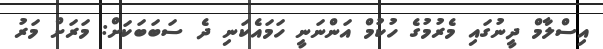
އިސްލާމް ދީނުގައި މެރުމުގެ ހުކުމް އަންނަނީ ހަމައެކަނި ދެ ސަބަބަކަށް: މަރަށް މަރު